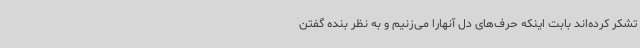
تشکر کرده‌اند بابت اینکه حرف‌های دل آنهارا می‌زنیم و به نظر بنده گفتن